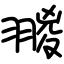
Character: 翪